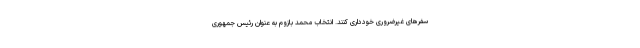
سفرهای غیرضروری خودداری کنند. انتخاب محمد بازوم به عنوان رئیس جمهوری